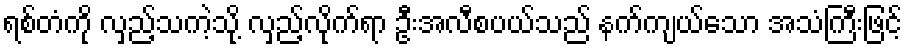
ရစ်တံကို လှည့်သကဲ့သို့ လှည့်လိုက်ရာ ဦးအလီစပယ်သည် နက်ကျယ်သော အသံကြီးဖြင့်